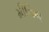
મીનિષા